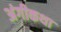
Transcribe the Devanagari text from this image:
अंगीकथा